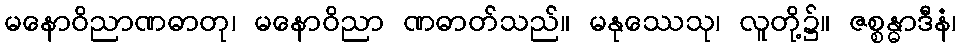
မနောဝိညာဏဓာတု၊ မနောဝိညာ ဏဓာတ်သည်။ မနုဿေသု၊ လူတို့၌။ ဇစ္စန္ဓာဒီနံ၊